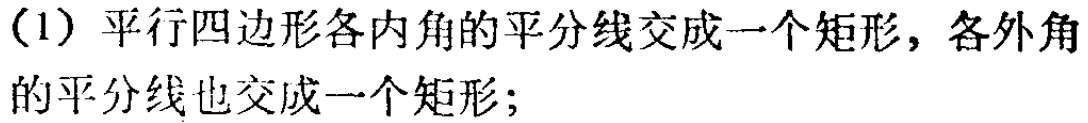
（1）平行四边形各内角的平分线交成一个矩形，各外角的平分线也交成一个矩形；